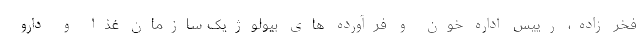
فخر زاده، رییس اداره خون و فرآورده های بیولوژیک سازمان غذا و دارو